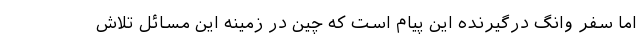
اما سفر وانگ درگیرنده این پیام است که چین در زمینه این مسائل تلاش